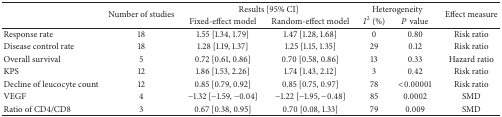
<table><thead><tr><td rowspan="2"><b> </b></td><td rowspan="2"><b>Number of studies</b></td><td colspan="2"><b>Results [95% CI]</b></td><td colspan="2"><b>Heterogeneity</b></td><td rowspan="2"><b>Effect measure</b></td></tr><tr><td><b>Fixed-effect model</b></td><td><b>Random-effect model</b></td><td><b><i>I</i><sup>2</sup> (%)</b></td><td><b><i>P</i> value</b></td></tr></thead><tbody><tr><td>Response rate</td><td>18</td><td>1.55 [1.34, 1.79]</td><td>1.47 [1.28, 1.68]</td><td>0</td><td>0.80</td><td>Risk ratio</td></tr><tr><td>Disease control rate</td><td>18</td><td>1.28 [1.19, 1.37]</td><td>1.25 [1.15, 1.35]</td><td>29</td><td>0.12</td><td>Risk ratio</td></tr><tr><td>Overall survival</td><td>5</td><td>0.72 [0.61, 0.86]</td><td>0.70 [0.58, 0.86]</td><td>13</td><td>0.33</td><td>Hazard ratio</td></tr><tr><td>KPS</td><td>12</td><td>1.86 [1.53, 2.26]</td><td>1.74 [1.43, 2.12]</td><td>3</td><td>0.42</td><td>Risk ratio</td></tr><tr><td>Decline of leucocyte count</td><td>12</td><td>0.85 [0.79, 0.92]</td><td>0.85 [0.75, 0.97]</td><td>78</td><td>&lt;0.00001</td><td>Risk ratio</td></tr><tr><td>VEGF </td><td>4</td><td>−1.32 [−1.59, −0.04]</td><td>−1.22 [−1.95, −0.48]</td><td>85</td><td>0.0002</td><td>SMD</td></tr><tr><td>Ratio of CD4/CD8 </td><td>3</td><td>0.67 [0.38, 0.95]</td><td>0.70 [0.08, 1.33]</td><td>79</td><td>0.009</td><td>SMD</td></tr></tbody></table>